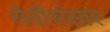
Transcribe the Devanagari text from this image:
सेवीसंसार